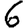
Digit: 6